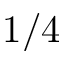
1 / 4